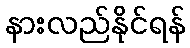
နားလည်နိုင်ရန်